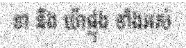
ខា និង យ៉ាផ្លុង ទាំងអស់